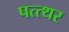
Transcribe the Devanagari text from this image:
पत्त्थर